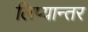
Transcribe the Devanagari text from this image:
लिप्यान्तर